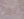
ذروة